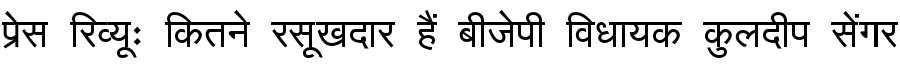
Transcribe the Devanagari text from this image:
प्रेस रिव्यूः कितने रसूखदार हैं बीजेपी विधायक कुलदीप सेंगर